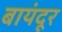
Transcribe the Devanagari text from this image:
बायंदूर